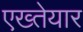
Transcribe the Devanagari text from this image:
एख्तेयार